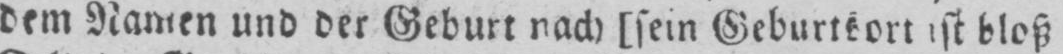
dem Namen und der Geburt nach [sein Geburtsort ist bloß